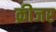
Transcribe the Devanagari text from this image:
क्रीजर